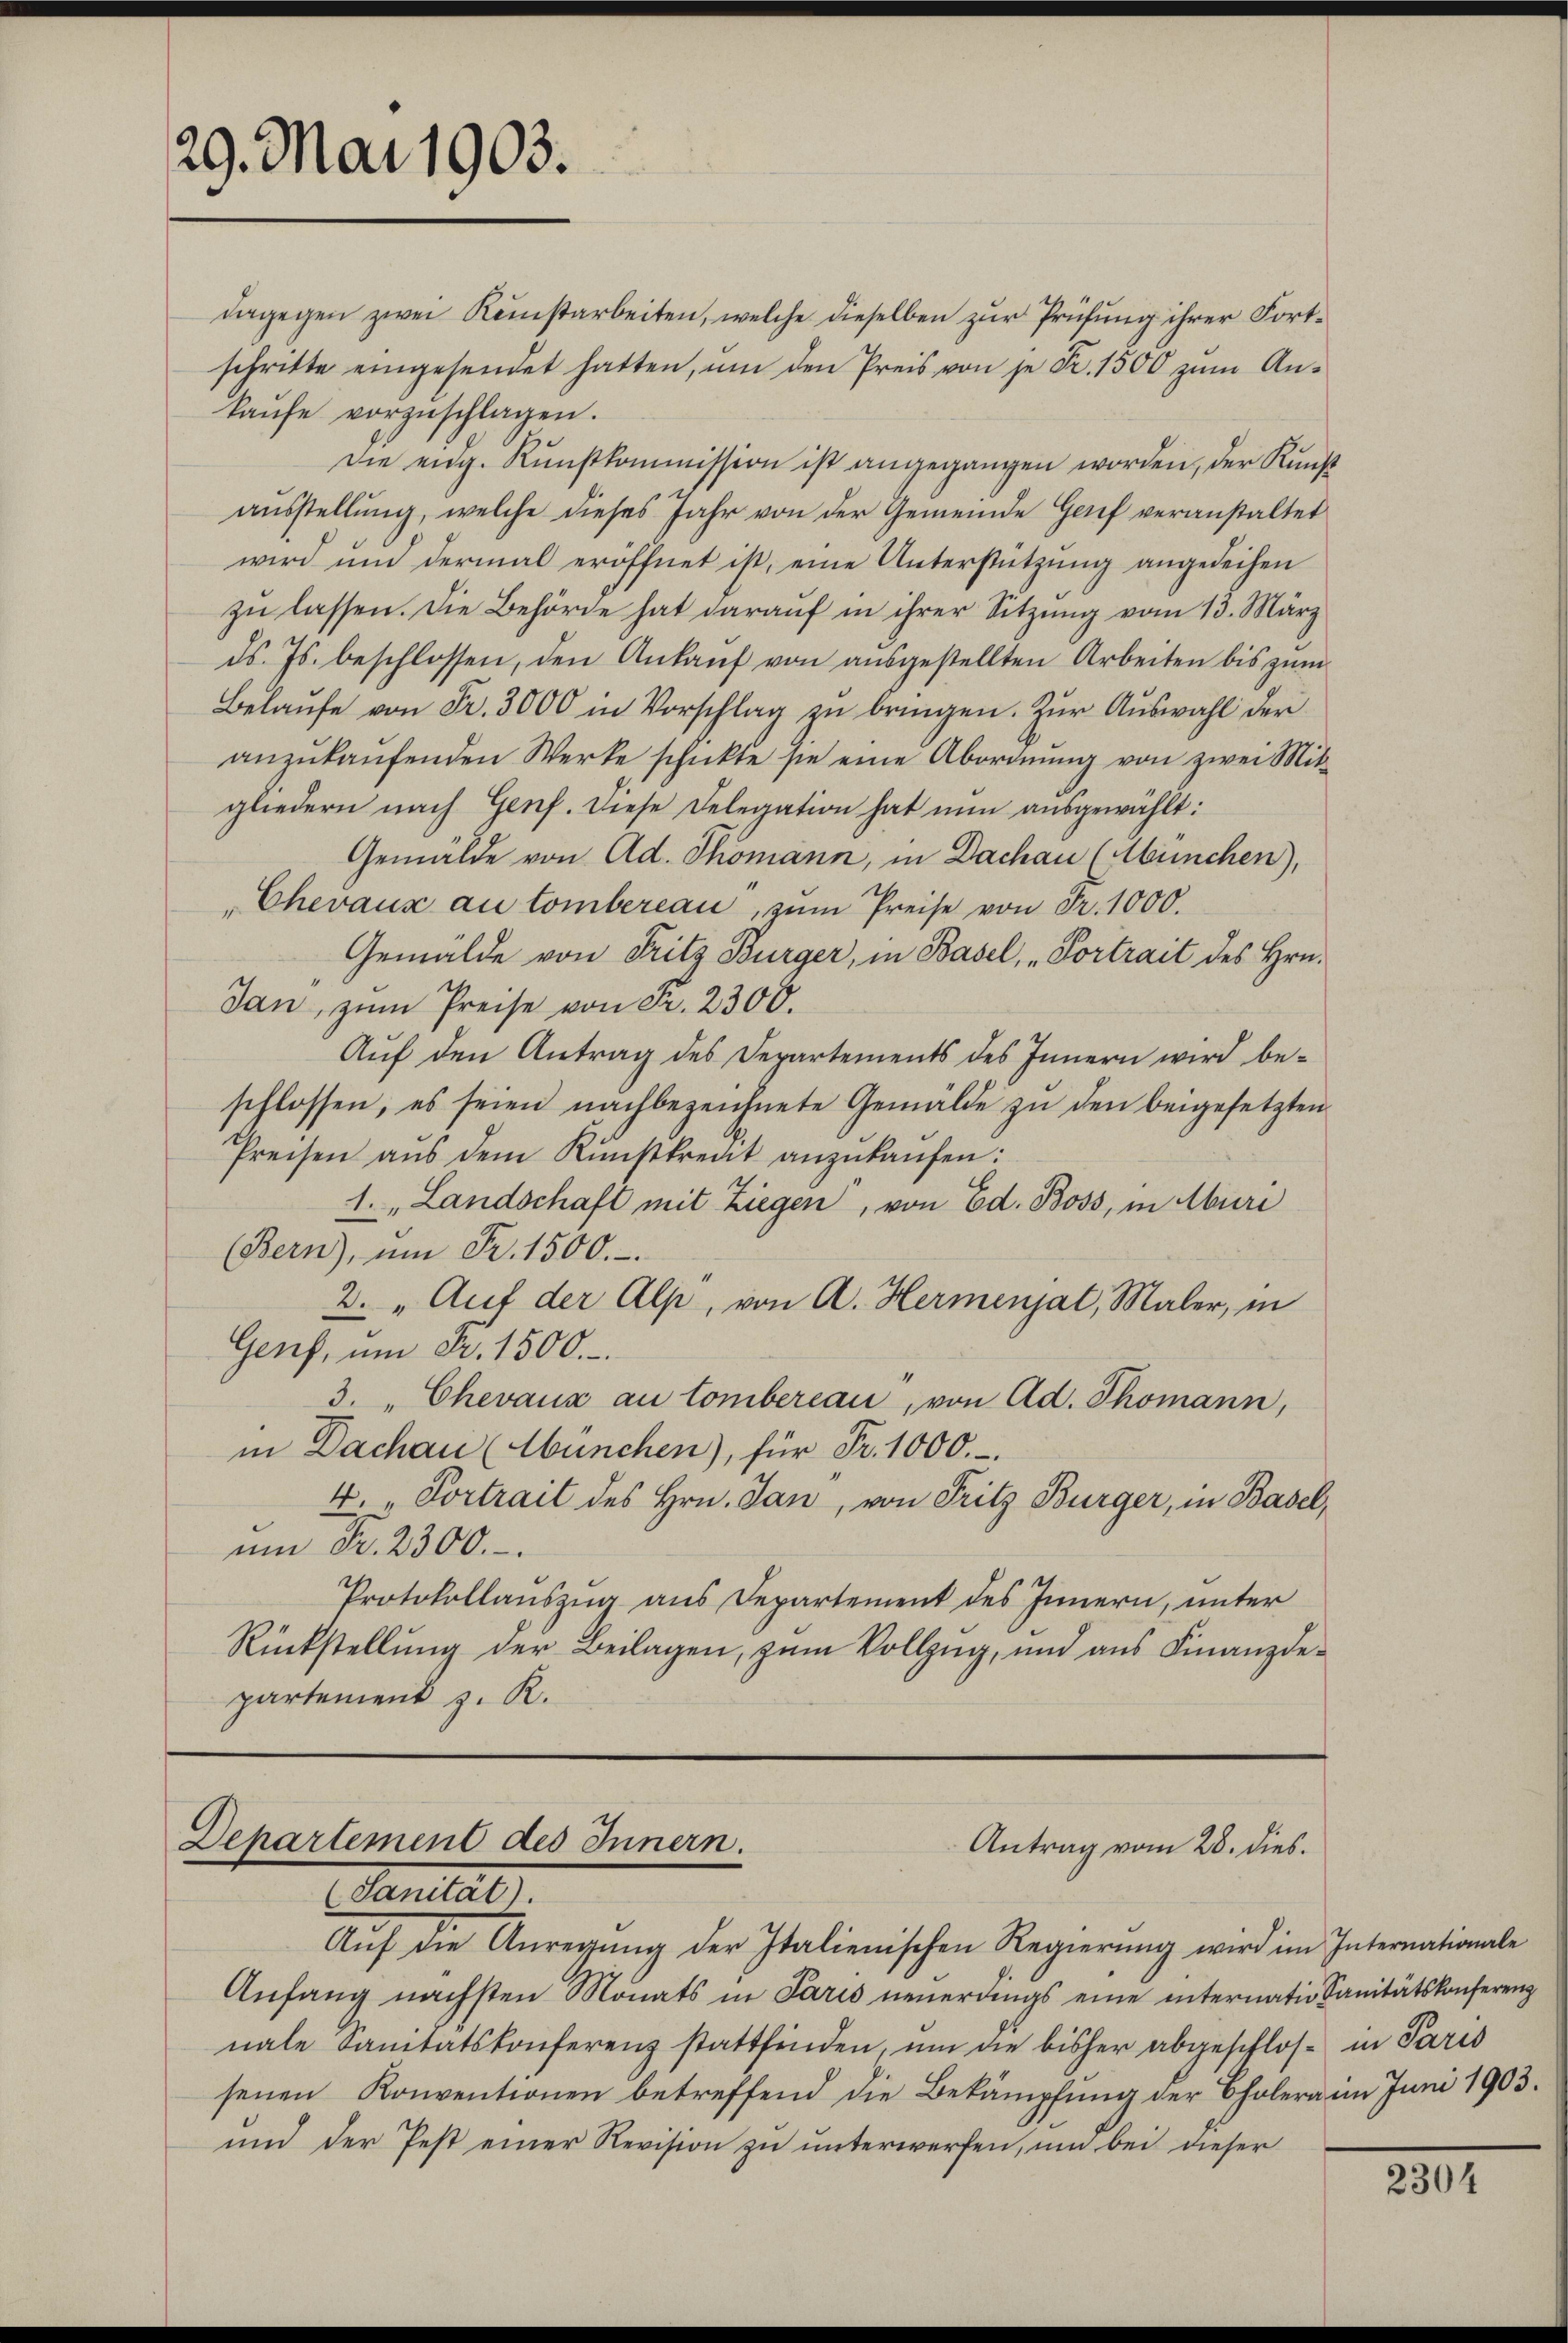
29. Mai 1903.

kaŭfe vorzŭschlagen.
Die eidg. Kunstkommission ist angegangen worden, der Kunst
aŭsstellŭng, welche dieses Jahr von der Gemeinde Genf veranstaltet
wird und dermal eröffnet ist, eine Unterstützung angedeihen
zu lassen. Die Behörde hat darauf in ihrer Sitzung vom 13. März
ds. Js. beschlossen, den Ankaŭf von aŭsgestellten Arbeiten bis zŭm
Belaŭfe von Fr. 3000 in Vorschlag zu bringen. Zur Auswahl der
anzŭkaŭfenden Werke schickte sie eine Abordnŭng von zwei Mit-
gliedern nach Genf. Diese Delegation hat nun ausgewählt:
Gemälde von Ad. Thomann, in Dachau (München),
Chevaux au tombereau, zum Preise von Fr. 1000.
Gemälde von Fritz Bürger, in Basel, „Portrait des Hrn.
dan, zum Preise von Fr. 2300.
Aŭf den Antrag des Departements des Innern wird be-
schlossen, es seien nachbezeichnete Gemälde zu den beigesetzten
Preisen aŭs dem Kunstkreut anzŭkaŭfen:
1. „Landschaft mit Ziegen, von Ed. Boss, in Aburi
(Bern), ŭm Fr. 1500.
2. „Auf der Alp, von A. Hermenjat, Maler, in
Genf, um Fr. 1500.
3. "Chevaux au lombereau, von Ad. Thomann,
in Dachau (München), für Fr. 1000.-
4. „Portrait des Hrn. Jan, von Fritz Bürger, in Basel,
um Fr. 2300.
Protokollauszug aus Departement des Innern, unter
Rückstellŭng der Beilagen, zŭm Vollzŭg, und aŭs Finanzde-
partement z. R.

Departement des Innern.
Antrag vom 28. dies.
Sanitat.

Aŭf die Anregŭng der Italienischen Regierŭng wird im Internationale
Anfang nächsten Monats in Paris neuerdings eine internatio Sanitätskonferenz
nale Sanitätskonferenz stattfinden, um die bisher abgeschlos in Paris
senen Konventionen betreffend die Bekämpfung der Cholera im Juni 1903.
und der Pest einer Revision zu unterwerfen, um bei dieser

dargegen zwei Keinstarbeiten, welche dieselben zur Prüfung ihrer Fortschritte eingesendet hatten, ŭm den Preis von je Fr. 1500 zŭm An¬

2304